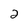
Character: 2